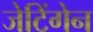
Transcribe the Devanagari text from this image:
जेटिंगेन